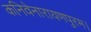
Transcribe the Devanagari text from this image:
कनिवेनारायणपुरम।